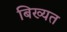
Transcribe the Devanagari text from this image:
बिख्यत